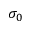
\sigma _ { 0 }